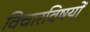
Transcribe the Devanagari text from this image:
विचारविषयों